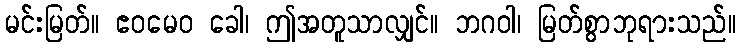
မင်းမြတ်။ ဧဝမေဝ ခေါ၊ ဤအတူသာလျှင်။ ဘဂဝါ၊ မြတ်စွာဘုရားသည်။